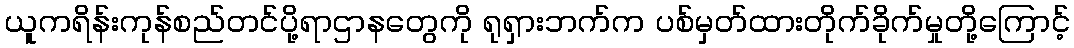
ယူကရိန်းကုန်စည်တင်ပို့ရာဌာနတွေကို ရုရှားဘက်က ပစ်မှတ်ထားတိုက်ခိုက်မှုတို့ကြောင့်